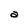
Character: a